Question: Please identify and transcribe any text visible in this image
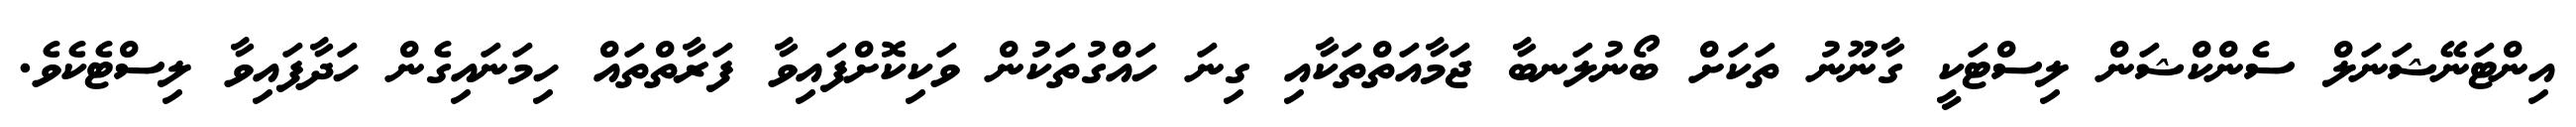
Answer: އިންޓަނޭޝަނަލް ސެންކްޝަން ލިސްޓަކީ ގާނޫނު ތަކަށް ބޯނުލަނބާ ޖަމާއަތްތަކާއި ގިނަ ހައްގުތަކުން ވަކިކޮށްފައިވާ ފަރާތްތައް ހިމަނައިގެން ހަދާފައިވާ ލިސްޓެކެވެ.